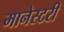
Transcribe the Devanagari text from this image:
मानेस्टरी